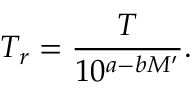
T _ { r } = \frac { T } { 1 0 ^ { a - b M ^ { \prime } } } .